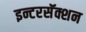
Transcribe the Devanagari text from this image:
इन्टरसॅक्शन